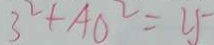
3 ^ { 2 } + A O ^ { 2 } = 2 5